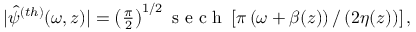
\begin{array} { r } { | \hat { \psi } ^ { ( t h ) } ( \omega , z ) | = \left( \frac { \pi } { 2 } \right) ^ { 1 / 2 } \mathrm { ~ s ~ e ~ c ~ h ~ } \left[ \pi \left( \omega + \beta ( z ) \right) / \left( 2 \eta ( z ) \right) \right] , } \end{array}